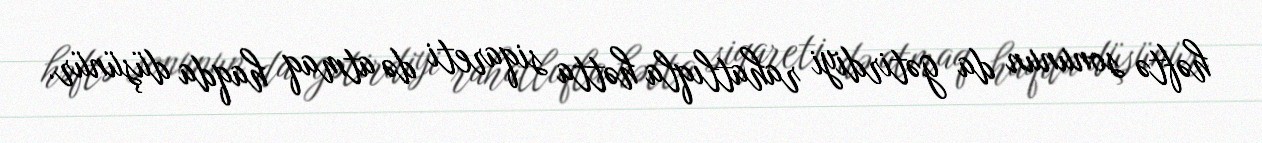
həftə sonunun da gətirdiyi rahatlıqla hətta siqareti də atmaq haqda düşünür.